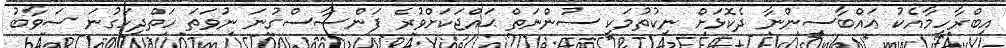
އިބްރާހީމާއެކު ޢައްބާސީންނާ ދެކޮޅަށް ނިކުތުމަކީ ސުންނަތް ޙައްޖަކަށްވުރެ ފަންސާސްގުނަ ނުވަތަ ހަތްދިހަގުނަ ސަވާބު